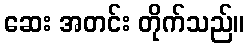
ဆေး အတင်း တိုက်သည်။